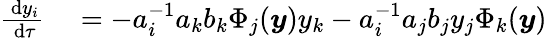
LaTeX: \begin{array}{rl}{\frac{\, \mathrm{d}y_{i}}{\, \mathrm{d}\tau}}&{{}=-a_{i}^{-1}a_{k}b_{k}\Phi_{j}(\boldsymbol{y})y_{k}-a_{i}^{-1}a_{j}b_{j}y_{j}\Phi_{k}(\boldsymbol{y})}\end{array}